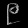
Digit: ၉